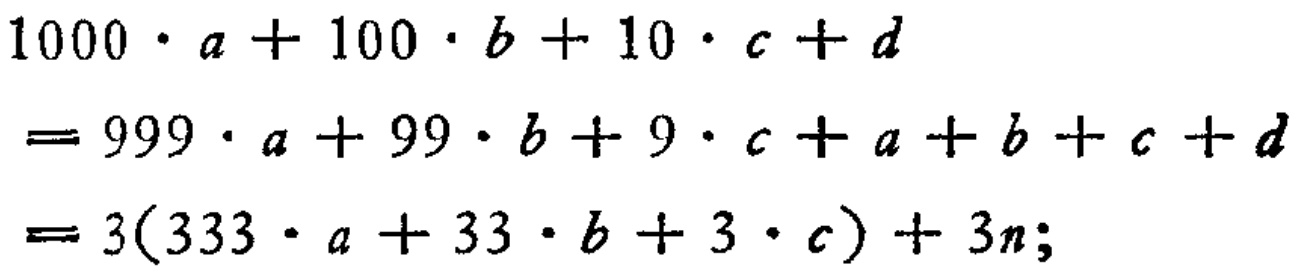
\[
\begin{align*}
&1000\cdot a + 100\cdot b + 10\cdot c + d\\
=&999\cdot a + 99\cdot b + 9\cdot c + a + b + c + d\\
=&3(333\cdot a + 33\cdot b + 3\cdot c)+3n;
\end{align*}
\]